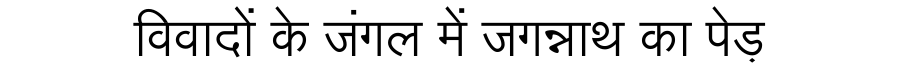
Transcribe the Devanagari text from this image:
विवादों के जंगल में जगन्नाथ का पेड़